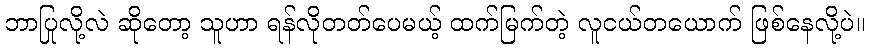
ဘာပြုလို့လဲ ဆိုတော့ သူဟာ ရန်လိုတတ်ပေမယ့် ထက်မြက်တဲ့ လူငယ်တယောက် ဖြစ်နေလို့ပဲ။